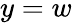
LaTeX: y=w